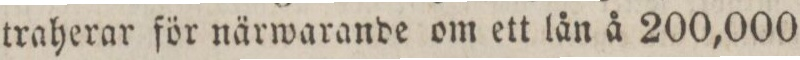
traherar för närwarande om ett lån å 200,000